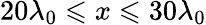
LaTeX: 20\lambda_{0}\leqslant x\leqslant 30\lambda_{0}